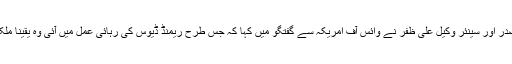
سپریم کورٹ بار ایسوسی ایشن کے سابق صدر اور سینئر وکیل علی ظفر نے وائس آف امریکہ سے گفتگو میں کہا کہ جس طرح ریمنڈ ڈیوس کی رہائی عمل میں آئی وہ یقیناً ملک کے عدالتی نظام پر ایک سوالیہ نشان ہے۔